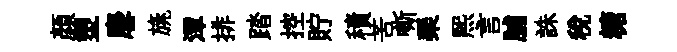
顔塑麐旐潭排踏控貯積苦嘶琹熙言脯誅稅糖